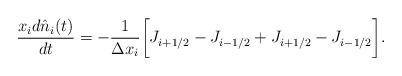
LaTeX: \begin{align*}\frac{x_i d \hat{n}_i(t)}{dt} = -\frac{1}{\Delta x_i}\bigg[J^{}_{i+1/2}-J^{}_{i-1/2} + J^{}_{i+1/2} - J^{}_{i-1/2}\bigg].\end{align*}